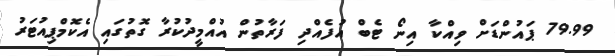
79.99 ޕައުންޑަށް ވިއްކާ އިނޯ ޓެބް އުފެއްދި ފަރާތުން އުއްމީދުކުރާ ގޮތުގައި އެކޮމްޕިއުޓަރު